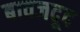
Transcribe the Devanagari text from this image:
बावजदूद